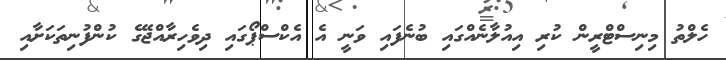
ހެލްތު މިނިސްޓްރީން ކުރި އިއުލާނެއްގައި ބުނެފައި ވަނީ އެ އެކްސްޕޯގައި ދިވެހިރާއްޖޭގެ ކުންފުނިތަކަށާއި